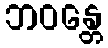
ဘဝန္တေ